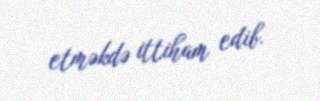
etməkdə ittiham edib.